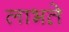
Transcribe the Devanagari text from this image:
लाभते़